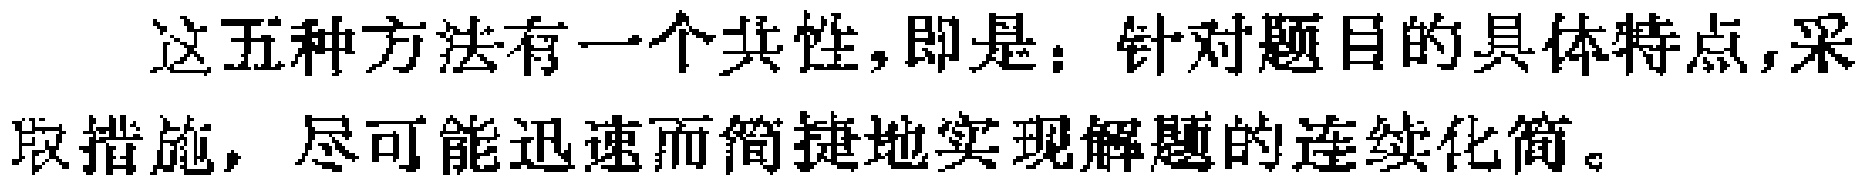
这五种方法有一个共性，即是：针对题目的具体特点,采取措施，尽可能迅速而简捷地实现解题的连续化简。